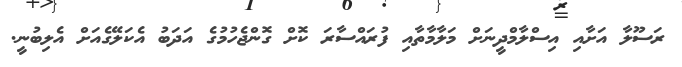
ރަސޫލާ އަށާއި އިސްލާމްދީނަށް މަލާމާތާއި ފުރައްސާރަ ކޮށް ގޮންޖެހުމުގެ އަދަބު އެކަލޭގެއަށް އެލިބުނީ.